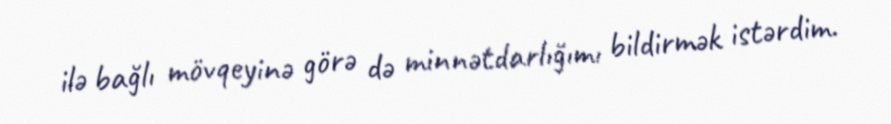
ilə bağlı mövqeyinə görə də minnətdarlığımı bildirmək istərdim.